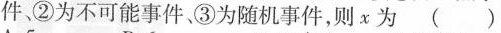
件②为不可能事件、③为随机事件，则x为（）